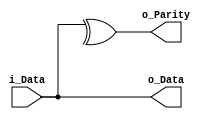
module GenEvenParity(i_Data, o_Data, o_Parity);
  
input [7:0] i_Data;

output wire [7:0] o_Data;
output wire o_Parity;

assign o_Data = i_Data;
assign o_Parity = ^o_Data;

endmodule